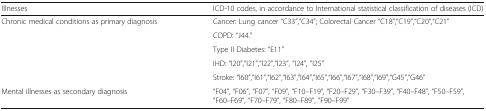
<table><thead><tr><td><b>Illnesses</b></td><td><b>ICD-10 codes, in accordance to International statistical classification of diseases (ICD)</b></td></tr></thead><tbody><tr><td rowspan="5">Chronic medical conditions as primary diagnosis</td><td>Cancer: Lung cancer “C33”,“C34”; Colorectal Cancer “C18”,“C19”,“C20”,“C21”</td></tr><tr><td>COPD: “J44.”</td></tr><tr><td>Type II Diabetes: “E11”</td></tr><tr><td>IHD: “I20”,“I21”,“I22”,“I23”, “I24”, “I25”</td></tr><tr><td>Stroke: “I60”,“I61”,“I62”,“I63”,“I64”,“I65”,“I66”,“I67”,“I68”,“I69”,“G45”,“G46”</td></tr><tr><td>Mental illnesses as secondary diagnosis</td><td>“F04”, “F06”, “F07”, “F09”, “F10–F19”, “F20–F29”, “F30–F39”, “F40–F48”, “F50–F59”, “F60–F69”, “F70–F79”, “F80–F89”, “F90–F99”</td></tr></tbody></table>